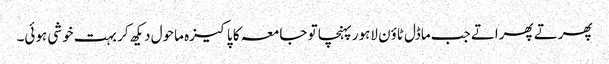
پھرتے پھراتے جب ماڈل ٹاؤن لاہور پہنچا تو جامعہ کا پاکیزہ ماحول دیکھ کر بہت خوشی ہوئی۔